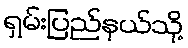
ရှမ်းပြည်နယ်သို့